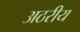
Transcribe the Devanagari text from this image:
अठरीय